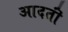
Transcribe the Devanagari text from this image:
आदतॊं